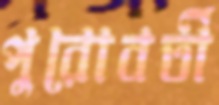
পুরোবর্তী